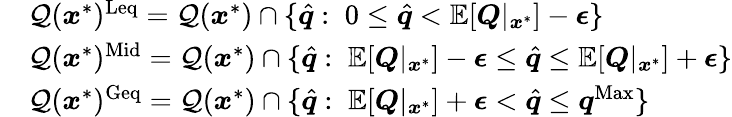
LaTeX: \begin{array}{rl}&{\mathcal{Q}({\boldsymbol{x}^{*}})^{\mathrm{Leq}}=\mathcal{Q}({\boldsymbol{x}^{*}})\cap\{ \hat{\boldsymbol{q}}:\; 0\leq\hat{\boldsymbol{q}}<\mathbb{E}[\boldsymbol{Q}|_{\boldsymbol{x}^{*}}]-\boldsymbol{\epsilon}\} }\\ &{\mathcal{Q}({\boldsymbol{x}^{*}})^{\mathrm{Mid}}=\mathcal{Q}({\boldsymbol{x}^{*}})\cap\{ \hat{\boldsymbol{q}}:\; \mathbb{E}[\boldsymbol{Q}|_{\boldsymbol{x}^{*}}]-\boldsymbol{\epsilon}\leq\hat{\boldsymbol{q}}\leq\mathbb{E}[\boldsymbol{Q}|_{\boldsymbol{x}^{*}}]+\boldsymbol{\epsilon}\} }\\ &{\mathcal{Q}({\boldsymbol{x}^{*}})^{\mathrm{Geq}}=\mathcal{Q}({\boldsymbol{x}^{*}})\cap\{ \hat{\boldsymbol{q}}:\; \mathbb{E}[\boldsymbol{Q}|_{\boldsymbol{x}^{*}}]+\boldsymbol{\epsilon}<\hat{\boldsymbol{q}}\leq\boldsymbol{q}^{\mathrm{Max}}\} }\end{array}